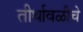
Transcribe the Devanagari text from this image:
तीर्थावळीचे